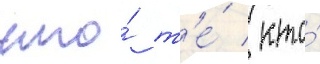
что́ т'е́ / кто́